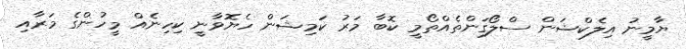
ޔާމީނު އިލެކްޝަން ސްލޯގަންތެއްތޯމީ ކޮބާ މަރު ކަމިޝަން ހެޔޮވާނީ ކިހިނެއް މީހުންގެ މަރާއި